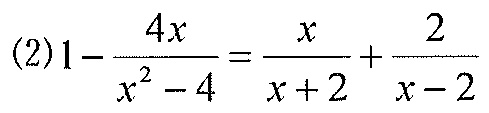
(2)$1-\dfrac{4x}{x^{2}-4}=\dfrac{x}{x + 2}+\dfrac{2}{x - 2}$